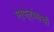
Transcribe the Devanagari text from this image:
एरफ्रांसची